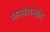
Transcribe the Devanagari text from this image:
मनांमनांत